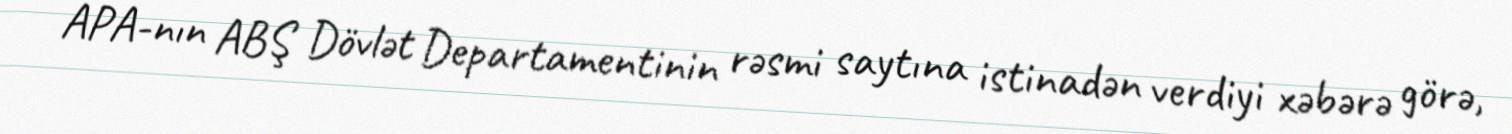
APA-nın ABŞ Dövlət Departamentinin rəsmi saytına istinadən verdiyi xəbərə görə,